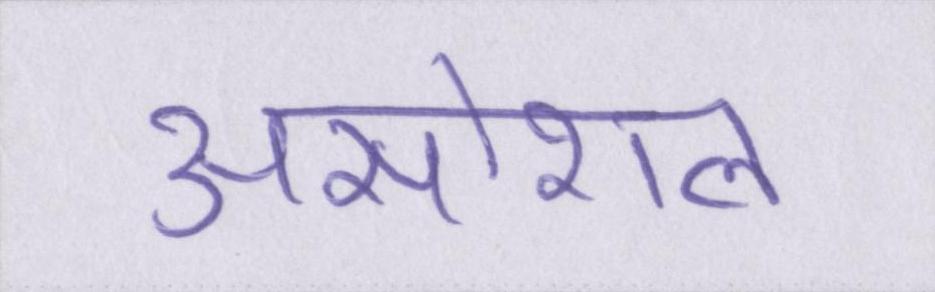
असोशल